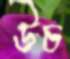
উচ